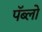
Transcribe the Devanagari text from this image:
पॅब्लो